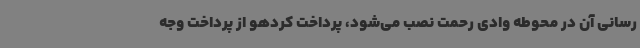
رسانی آن در محوطه وادی رحمت نصب می‌شود، پرداخت کردهو از پرداخت وجه